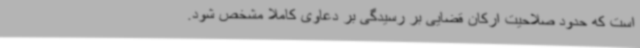
است که حدود صلاحیت ارکان قضایی بر رسیدگی بر دعاوی کاملا مشخص شود.